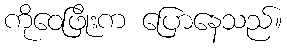
ကိုဝေဖြိုးက ပြောနေသည်။